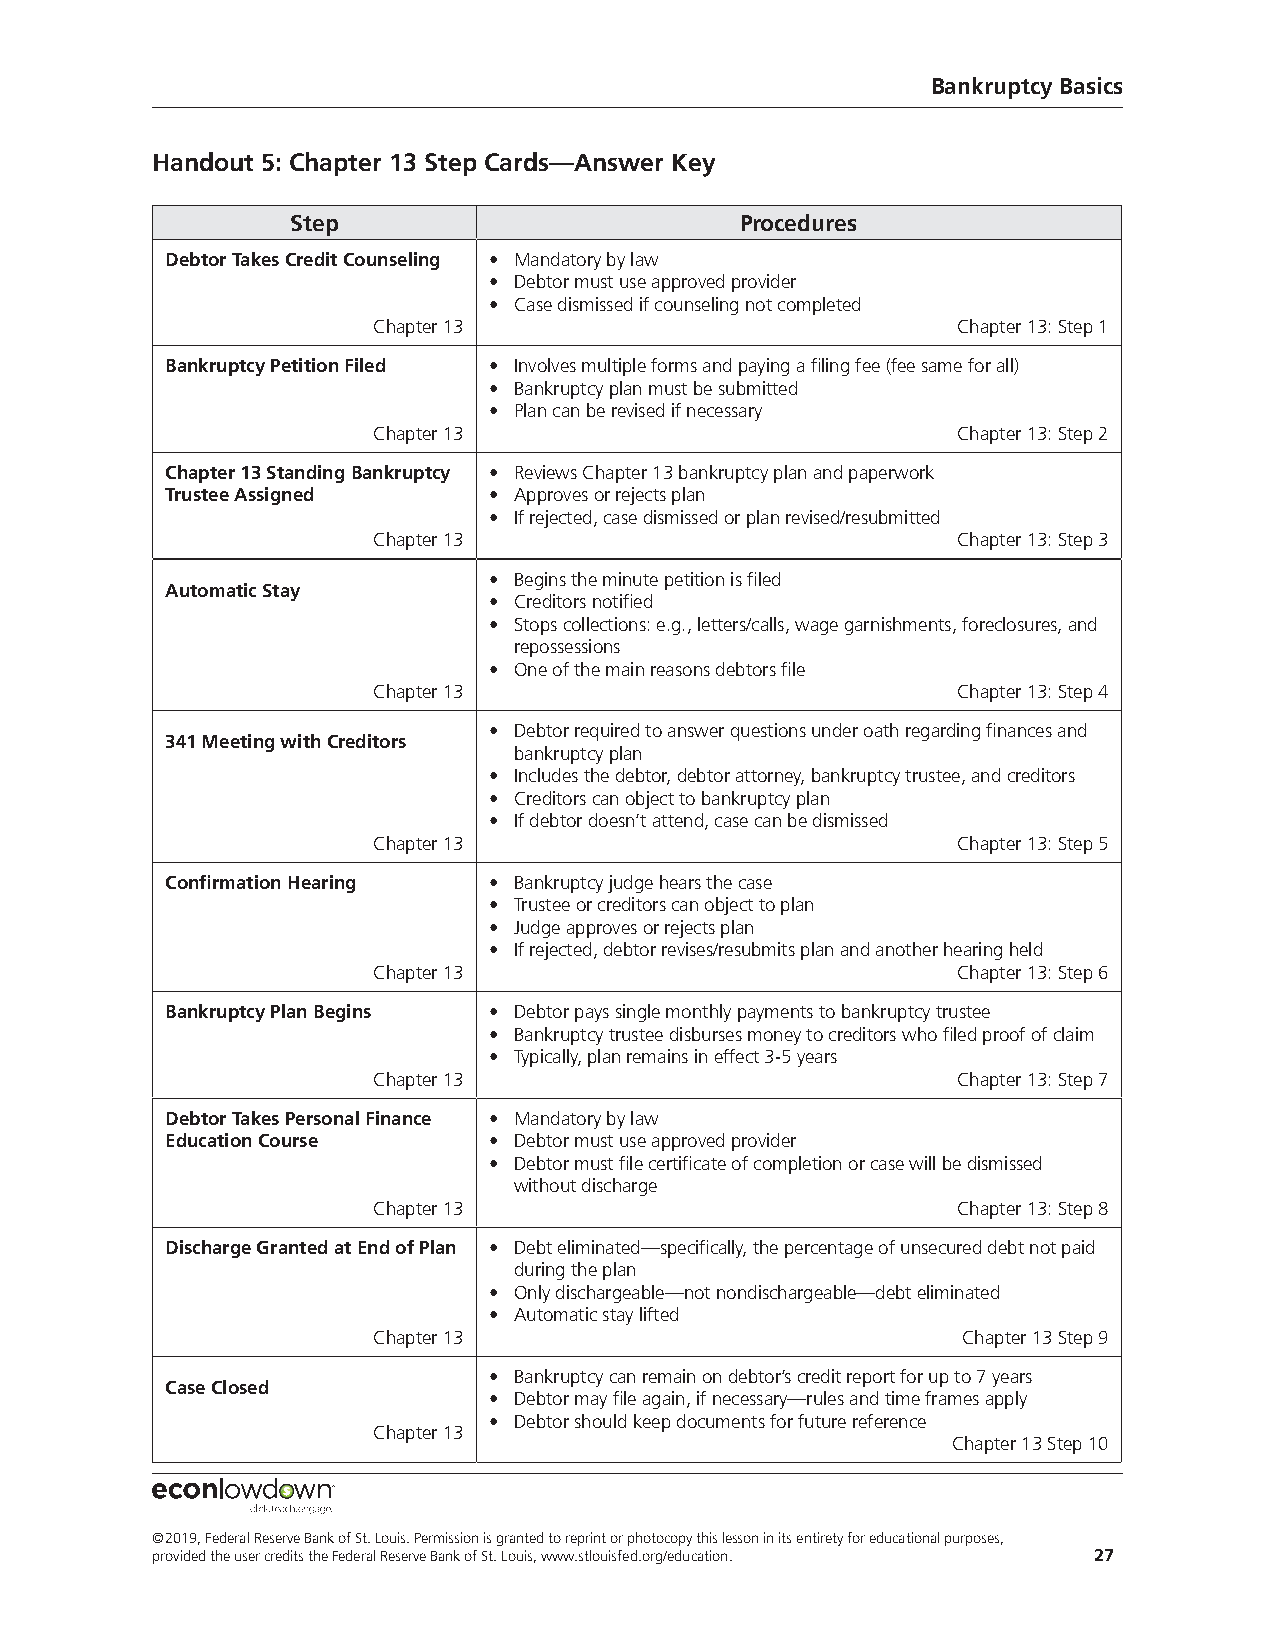
Bankruptcy Basics
 Handout 5: Chapter 13 Step Cards—Answer Key
 Step                          Procedures
 Debtor Takes Credit Counseling • Mandatory by law
 • Debtor must use approved provider
 • Case dismissed if counseling not completed
 Chapter 13                            Chapter 13: Step 1
 Bankruptcy Petition Filed • Involves multiple forms and paying a filing fee (fee same for all)
 • Bankruptcy plan must be submitted
 • Plan can be revised if necessary
 Chapter 13                            Chapter 13: Step 2
 Chapter 13 Standing Bankruptcy • Reviews Chapter 13 bankruptcy plan and paperwork
 Trustee Assigned     • Approves or rejects plan
 • If rejected, case dismissed or plan revised/resubmitted
 Chapter 13                            Chapter 13: Step 3
 • Begins the minute petition is filed
 Automatic Stay
 • Creditors notified
 • Stops collections: e.g., letters/calls, wage garnishments, foreclosures, and
 repossessions
 • One of the main reasons debtors file
 Chapter 13                            Chapter 13: Step 4
 • Debtor required to answer questions under oath regarding finances and
 341 Meeting with Creditors
 bankruptcy plan
 • Includes the debtor, debtor attorney, bankruptcy trustee, and creditors
 • Creditors can object to bankruptcy plan
 • If debtor doesn’t attend, case can be dismissed
 Chapter 13                            Chapter 13: Step 5
 Confirmation Hearing • Bankruptcy judge hears the case
 • Trustee or creditors can object to plan
 • Judge approves or rejects plan
 • If rejected, debtor revises/resubmits plan and another hearing held
 Chapter 13                            Chapter 13: Step 6
 Bankruptcy Plan Begins • Debtor pays single monthly payments to bankruptcy trustee
 • Bankruptcy trustee disburses money to creditors who filed proof of claim
 • Typically, plan remains in effect 3-5 years
 Chapter 13                            Chapter 13: Step 7
 Debtor Takes Personal Finance • Mandatory by law
 Education Course     • Debtor must use approved provider
 • Debtor must file certificate of completion or case will be dismissed
 without discharge
 Chapter 13                            Chapter 13: Step 8
 Discharge Granted at End of Plan • Debt eliminated—specifically, the percentage of unsecured debt not paid
 during the plan
 • Only dischargeable—not nondischargeable—debt eliminated
 • Automatic stay lifted
 Chapter 13                             Chapter 13 Step 9
 • Bankruptcy can remain on debtor’s credit report for up to 7 years
 Case Closed
 • Debtor may file again, if necessary—rules and time frames apply
 • Debtor should keep documents for future reference
 Chapter 13
 Chapter 13 Step 10
 ©2019, Federal Reserve Bank of St. Louis. Permission is granted to reprint or photocopy this lesson in its entirety for educational purposes,
 provided the user credits the Federal Reserve Bank of St. Louis, www.stlouisfed.org/education. 27